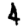
Digit: 4